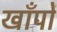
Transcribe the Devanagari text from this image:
खाँपों